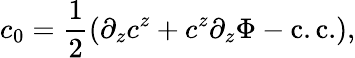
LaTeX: c_{0}=\frac{1}{2}\left(\partial_{z}c^{z}+c^{z}\partial_{z}\Phi-\mathrm{c.c.}\right),